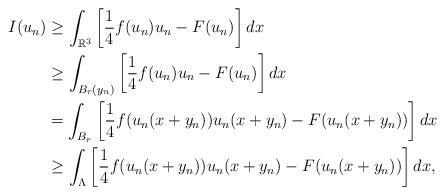
LaTeX: \begin{align*} I(u_n)&\geq\int_{\mathbb R^3}\left[\frac{1}{4}f(u_n)u_n-F(u_n)\right]dx\\ &\geq\int_{B_r(y_n)}\left[\frac{1}{4}f(u_n)u_n-F(u_n)\right]dx\\ &=\int_{B_r}\left[\frac{1}{4}f(u_n(x+y_n))u_n(x+y_n)-F(u_n(x+y_n))\right]dx\\ &\geq\int_{\Lambda}\left[\frac{1}{4}f(u_n(x+y_n))u_n(x+y_n)-F(u_n(x+y_n))\right]dx, \end{align*}